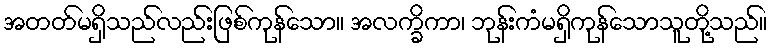
အတတ်မရှိသည်လည်းဖြစ်ကုန်သော။ အလက္ခိကာ၊ ဘုန်းကံမရှိကုန်သောသူတို့သည်။